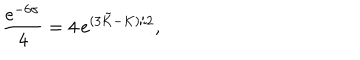
LaTeX: \frac { e ^ { - 6 \sigma } } { 4 } = 4 \, e ^ { ( 3 \tilde { K } - K ) / 2 } ,